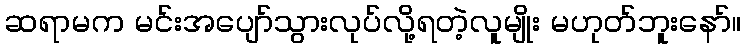
ဆရာမက မင်းအပျော်သွားလုပ်လို့ရတဲ့လူမျိုး မဟုတ်ဘူးနော်။